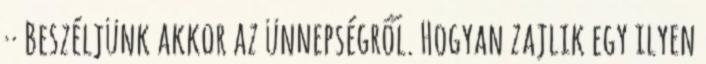
·· Beszéljünk akkor az ünnepségről. Hogyan zajlik egy ilyen